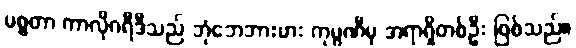
မစ္စတာ ကာလိုဂရီဒီသည် ဘုံဘေဘားမား ကုမ္ပဏီမှ အရာရှိတစ်ဦး ဖြစ်သည်။